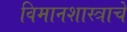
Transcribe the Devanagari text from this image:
विमानशास्त्राचे